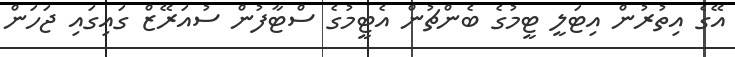
އޭގެ އިތުރުން އިޓަލީ ޓީމުގެ ބެންޗުން އެޓީމުގެ ސްޓާފުން ސުއަރޭޒް ގައިގައި ޖަހަން